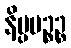
နိပ္ပပဉ္စဉ္စ